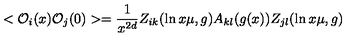
< { \cal O } _ { i } ( x ) { \cal O } _ { j } ( 0 ) > = { \frac { 1 } { x ^ { 2 d } } } Z _ { i k } ( \ln x \mu , g ) A _ { k l } ( g ( x ) ) Z _ { j l } ( \ln x \mu , g )